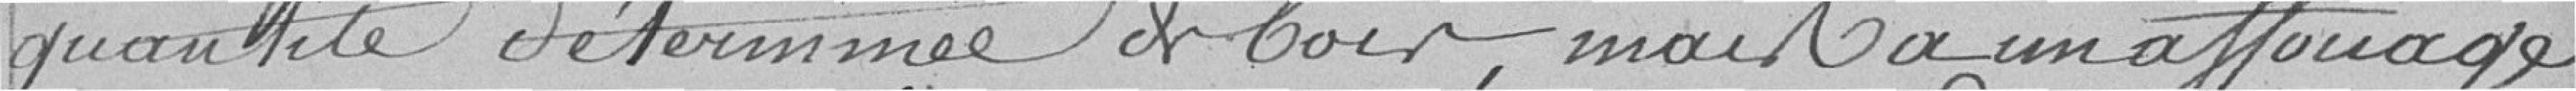
quantité déterminée de bois mais à un affouage